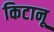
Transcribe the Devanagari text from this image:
किटानू